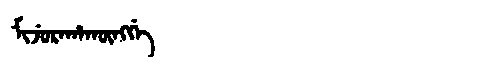
Manchu: ᠮᡳᠵᡠᡵᠠᡥᠠᡴᡡᠩᡤᡝ
Romanization: MIJURAHAKŪNGGE